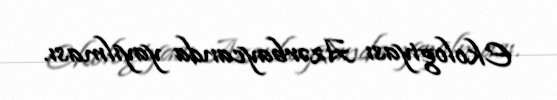
Ekologiyası Azərbaycanda yayılması.